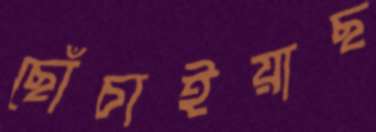
ছোঁচাইয়াছ